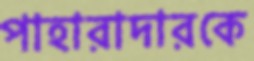
পাহারাদারকে